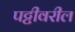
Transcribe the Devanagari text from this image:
पट्टीवरील